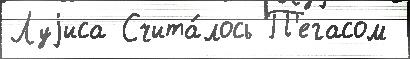
Луjиса Счита́лось П'егасом